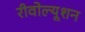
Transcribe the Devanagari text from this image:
रीवोल्यूशन